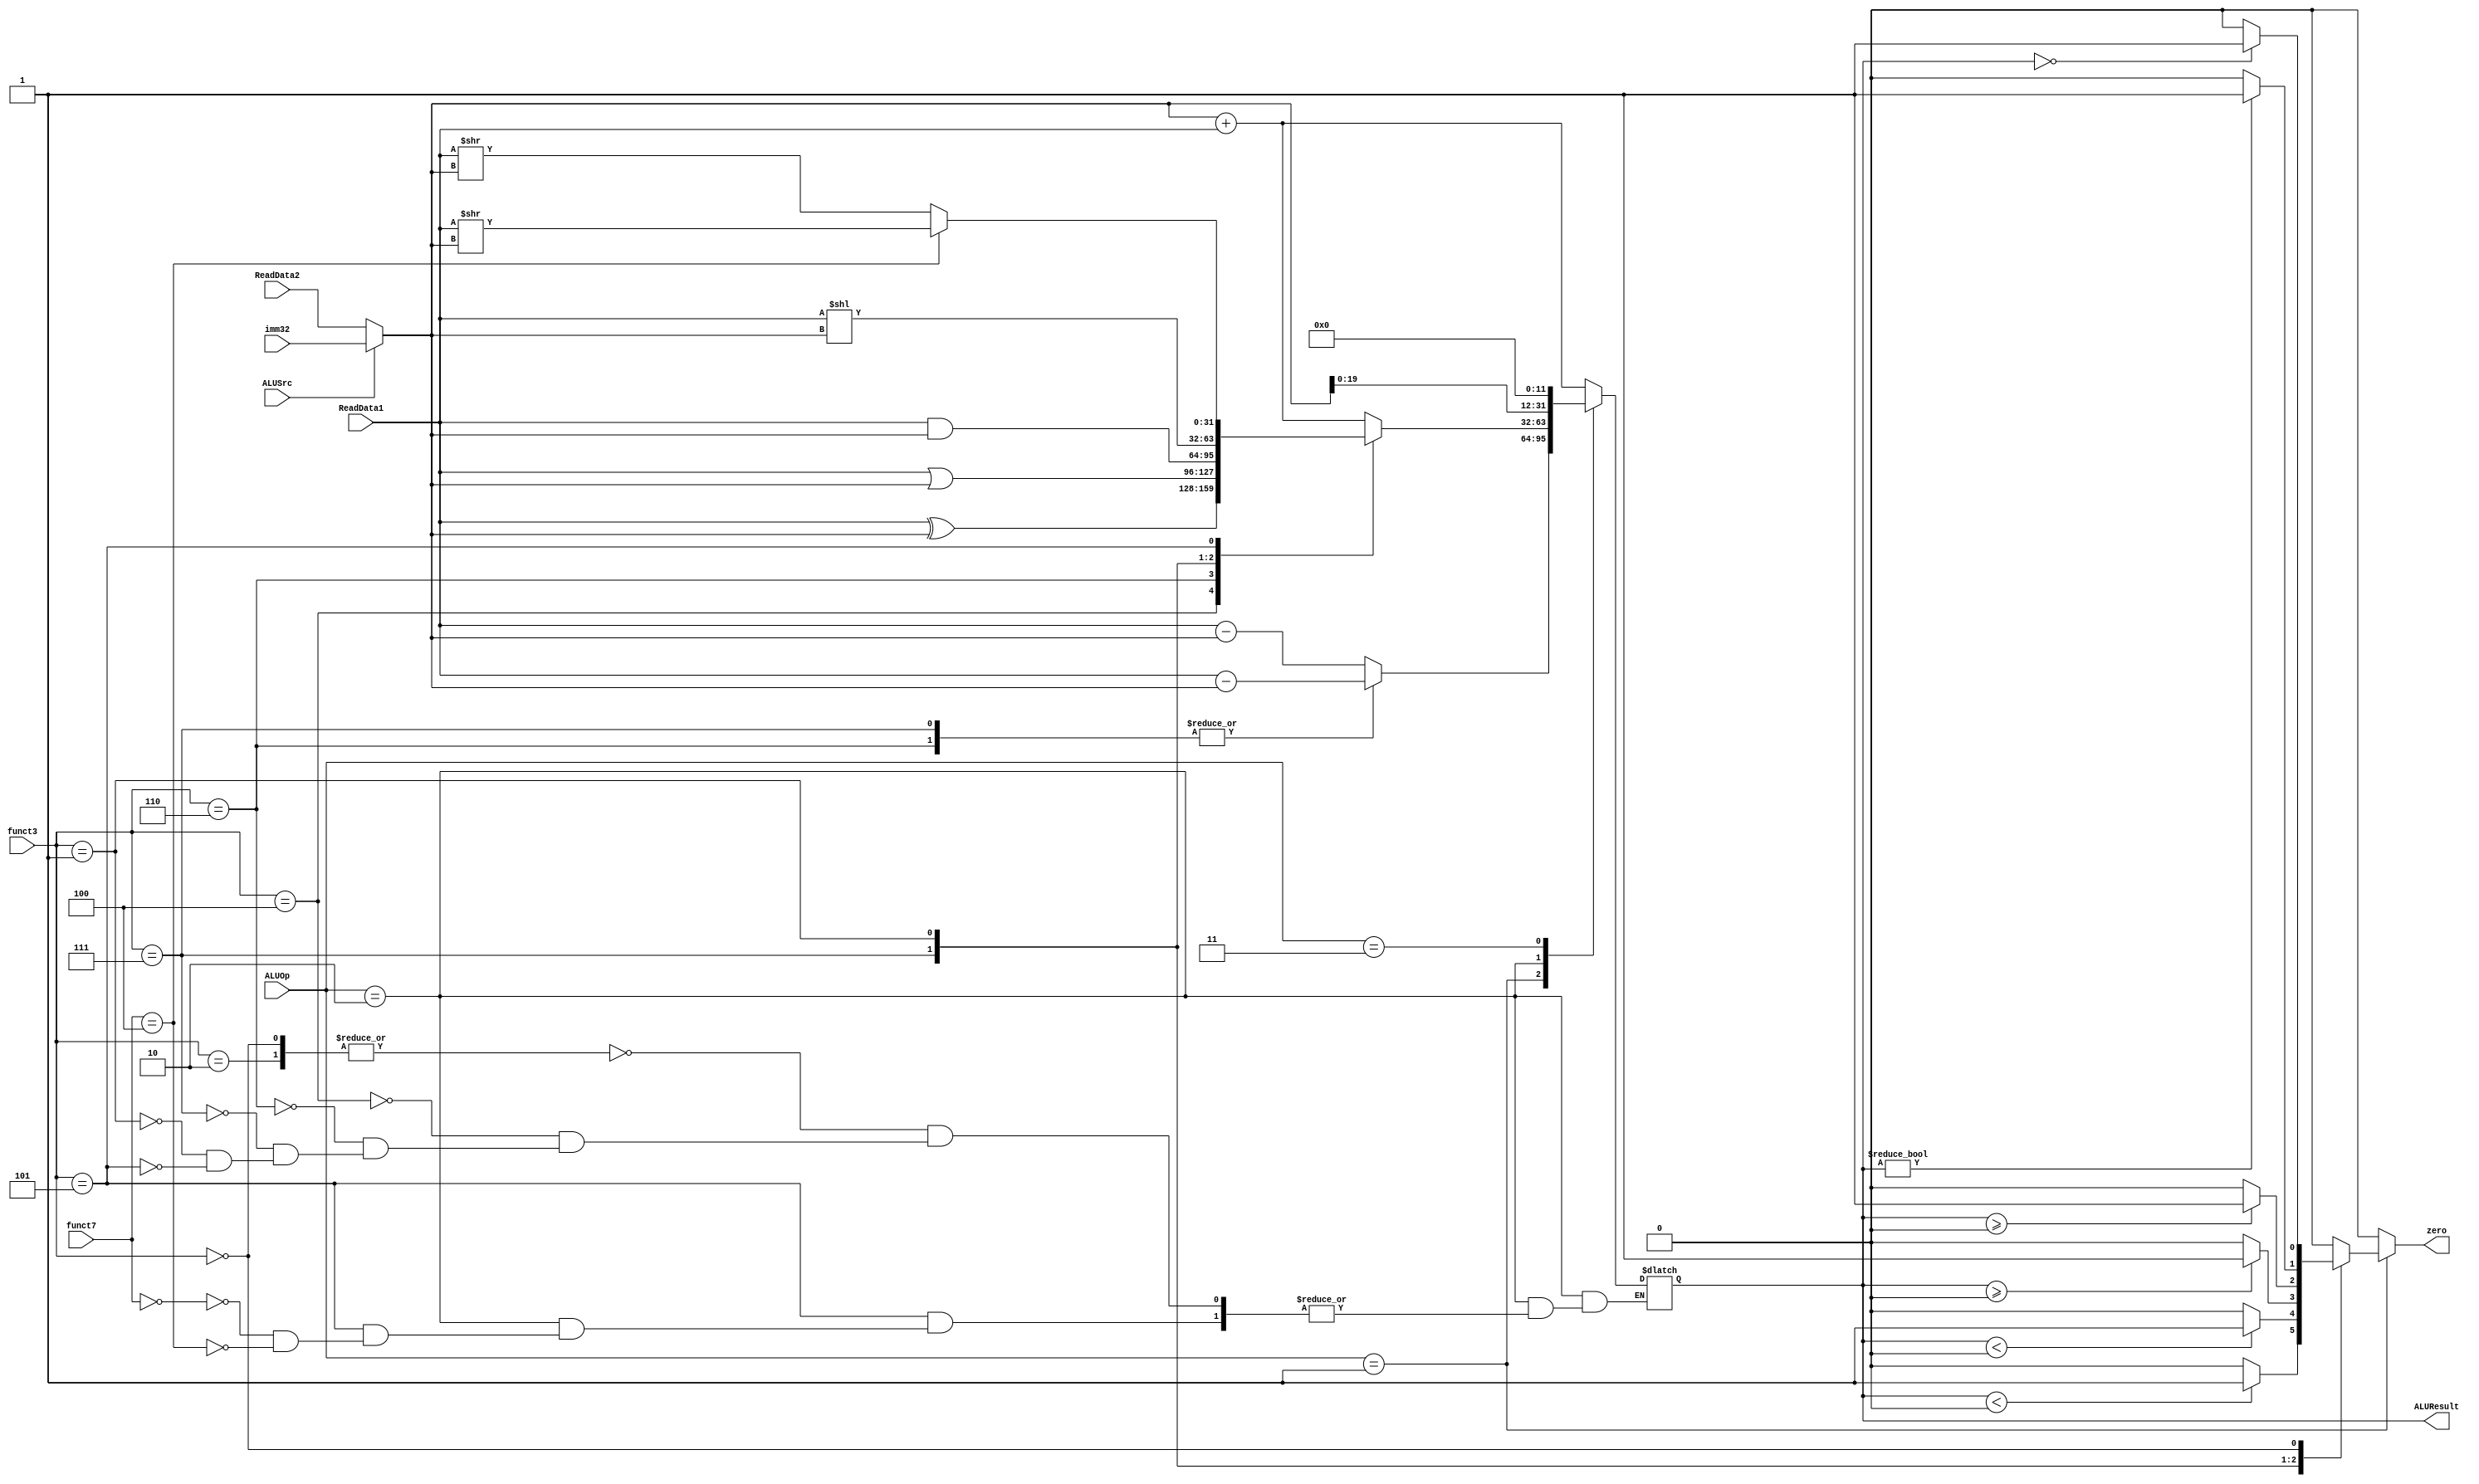
`timescale 1ns / 1ps
//////////////////////////////////////////////////////////////////////////////////
// Company: 
// Engineer: 
// 
// Design Name: 
// Module Name: ALU
// Project Name: 
// Target Devices: 
// Tool Versions: 
// Description: 
// 
// Dependencies: 
// 
// Revision:
// Revision 0.01 - File Created
// Additional Comments:
// 
//////////////////////////////////////////////////////////////////////////////////


module ALU(
ReadData1, ReadData2,imm32,zero,ALUResult,ALUOp,ALUSrc,funct3,funct7
    );
    input[31:0]ReadData1, ReadData2, imm32;
    input ALUSrc;
    input[1:0]ALUOp;
    input[2:0]funct3;
    input[6:0]funct7;
    output reg [31:0]ALUResult;
    output reg zero;
    
    wire[31:0] realData;
    assign realData = (ALUSrc == 1'b1)? imm32 : ReadData2;
    always @(*) begin
    case(ALUOp)
       2'b00:ALUResult=(realData+ReadData1);
       2'b01:
       begin  //unsigned or signed
       case(funct3)
       3'b110,3'b111:ALUResult=(ReadData1-realData);
       default:
       begin 
       ALUResult=$signed($signed(ReadData1)-$signed(realData)); 
       end
       endcase
       end
       2'b10:
       begin
           case(funct3)
           3'b000 ,3'b010:ALUResult=(realData+ReadData1);//addi
           3'b100:ALUResult=(ReadData1^realData);//xor
           3'b110:ALUResult=(ReadData1|realData);//or
           3'b111:ALUResult=(ReadData1&realData);//and
           3'b001:ALUResult=(ReadData1<<realData);//sll or slli
           3'b101:begin
           case(funct7)
           7'b0:ALUResult=(ReadData1>>realData);
           7'd4:ALUResult=($signed(ReadData1)>>realData);        
           endcase
           end//srl or srli
           endcase
       end
       2'b11:ALUResult=(realData << 12);//lui
    endcase
    end
    always @(*) begin
    if(ALUOp==2'b01) begin
    case(funct3)
    3'b100:zero =($signed(ALUResult)<0)?1:0;
    3'b110:zero =(ALUResult<0)?1:0;
    3'b101:zero =($signed(ALUResult)>=0)?1:0;
    3'b111:zero =(ALUResult>=0)?1:0;
    3'b001:zero =($signed(ALUResult)!=0)?1:0;
    3'b000: zero =($signed(ALUResult)==0)?1:0;
    default:zero=0;
    endcase
    end
    else
    zero=0;
    end
endmodule